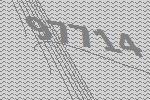
97714